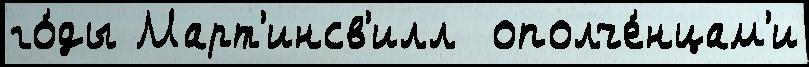
го́ды Март'инсв'илл  ополче́нцам'и